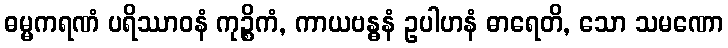
ဓမ္မကရဏံ ပရိဿာဝနံ ကုဉ္စိကံ, ကာယဗန္ဓနံ ဥပါဟနံ ဓာရေတိ, သော သမဏော